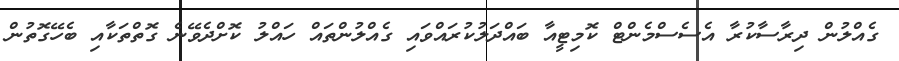
ގެއްލުން ދިރާސާކުރާ އެސެސްމެންޓް ކޮމިޓީއާ ބައްދަލުކުރައްވައި ގެއްލުންތައް ހައްލު ކޮށްދެވޭނެ ގޮތްތަކާއި ބެހޭގޮތުން